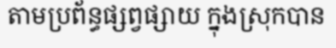
តាមប្រព័ន្ធផ្សព្វផ្សាយ ក្នុងស្រុកបាន